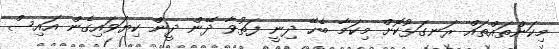
މިކަންތައްތައް ރަނގަޅުކޮށް މިކަމާ ބެހޭ ދިނީ ފަތުވާ ދޭން ދީން ކިޔަވައިގެން އައިސް